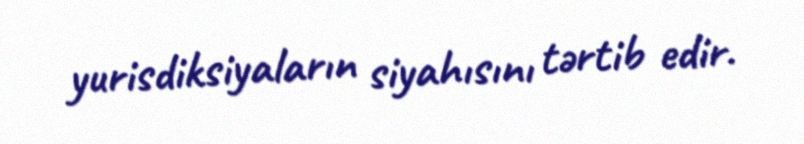
yurisdiksiyaların siyahısını tərtib edir.